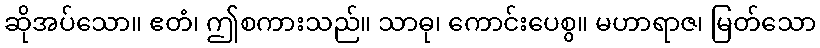
ဆိုအပ်သော။ ဧတံ၊ ဤစကားသည်။ သာဓု၊ ကောင်းပေစွ။ မဟာရာဇ၊ မြတ်သော